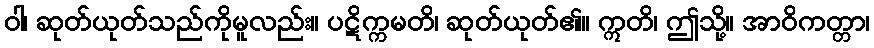
ဝါ၊ ဆုတ်ယုတ်သည်ကိုမူလည်း။ ပဋိက္ကမတိ၊ ဆုတ်ယုတ်၏။ ဣတိ၊ ဤသို့။ အာဝိကတ္တာ၊